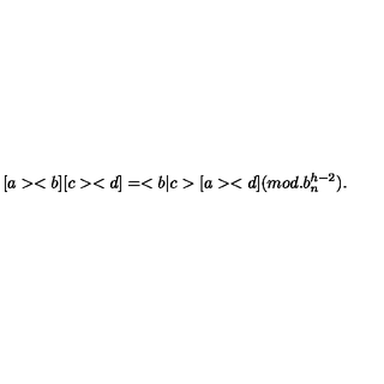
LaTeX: [ a > < b ] [ c > < d ] = < b | c > [ a > < d ] ( m o d . b _ { n } ^ { h - 2 } ) { } .